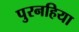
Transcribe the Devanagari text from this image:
पुरनहिया